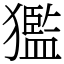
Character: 㺝